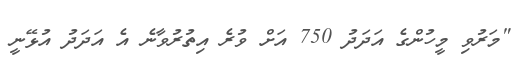
"މަރުވި މީހުންގެ އަދަދު 750 އަށް ވުރެ އިތުރުވާނެ އެ އަދަދު އުޅޭނީ